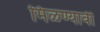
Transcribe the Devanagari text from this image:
मिळण्यावी